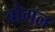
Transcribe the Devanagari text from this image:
बौगल